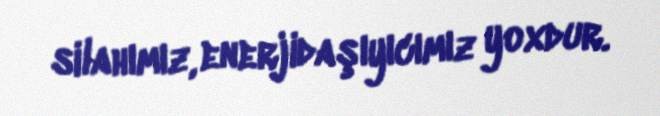
silahımız, enerjidaşıyıcımız yoxdur.